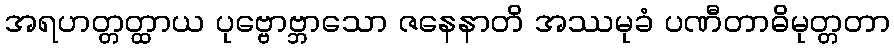
အရဟတ္တတ္ထာယ ပုဗ္ဗောဗ္ဘာသော ဇနေနာတိ အဿမုခံ ပဏီတာဓိမုတ္တတာ